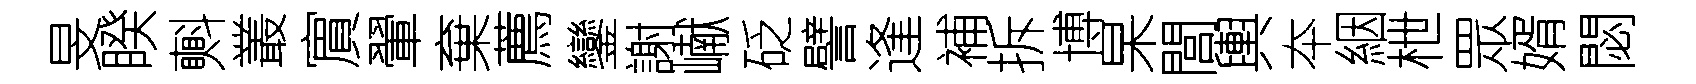
旻睽㪺叢賔翬棄薦鑾謝𪩘砭譬逢補拆博杲閭輿夲絪枻眾婿閟